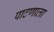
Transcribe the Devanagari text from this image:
पाटणाला